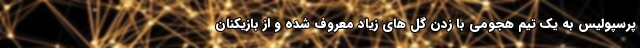
پرسپولیس به یک تیم هجومی با زدن گل های زیاد معروف شده و از بازیکنان